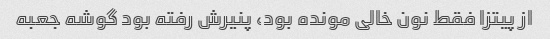
از پیتزا فقط نون خالی مونده بود، پنیرش رفته بود گوشه جعبه